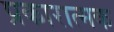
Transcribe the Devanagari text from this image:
प्रकारात्मक